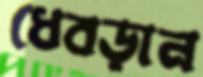
ধেবড়ান